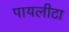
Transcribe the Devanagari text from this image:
पायलीटा